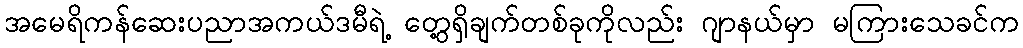
အမေရိကန်ဆေးပညာအကယ်ဒမီရဲ့ တွေ့ရှိချက်တစ်ခုကိုလည်း ဂျာနယ်မှာ မကြားသေခင်က